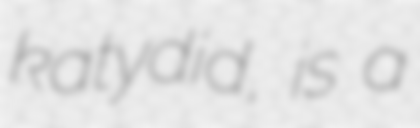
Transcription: katydid, is a